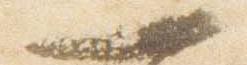
一